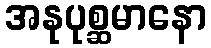
အနုပုစ္ဆမာနော